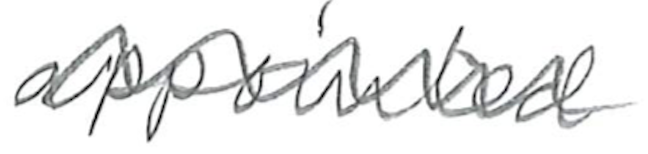
Text: appointed
Cross-out: wave
Writing tool: pencil